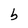
Character: b